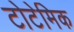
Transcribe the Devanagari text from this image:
टोटेमिक